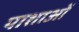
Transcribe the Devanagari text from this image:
पाशाओं